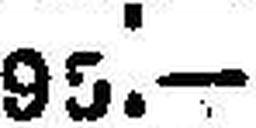
95.—